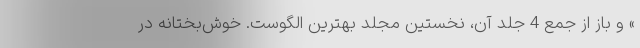
» و باز از جمع 4 جلد آن، نخستین مجلد بهترین الگوست. خوش‌بختانه در